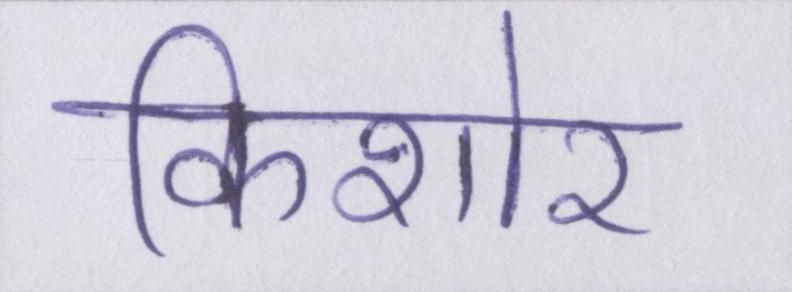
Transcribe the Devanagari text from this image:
किशोर